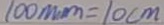
1 0 0 m m = 1 0 c m